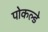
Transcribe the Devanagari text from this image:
पोकल्डे